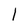
Character: 1